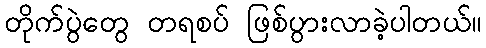
တိုက်ပွဲတွေ တရစပ် ဖြစ်ပွားလာခဲ့ပါတယ်။